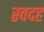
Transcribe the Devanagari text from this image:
स्वदह